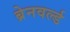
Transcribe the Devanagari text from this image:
ब्रेनवर्ल्ड